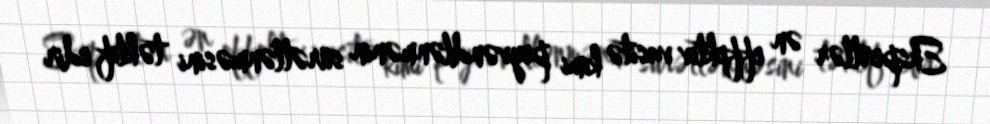
Ekspertlər ən effektiv vasitə kimi peyvəndlənmənin sürətlənməsini təklif edir